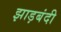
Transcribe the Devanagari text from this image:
झाड़बंदी